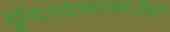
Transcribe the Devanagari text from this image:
वृंदावनमधील